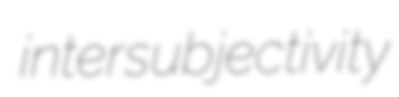
intersubjectivity